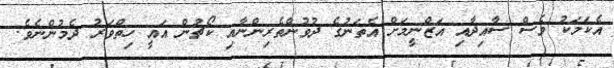
އެކަމަކު ވެސް ސާއިދާއި އަޒްނީމަށް އެތަނުގެ ދުވުންތެރިންނާއި ކޯޗުން އައީ ހިތްވަރު ދެމުންނެވެ.